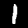
Digit: 1